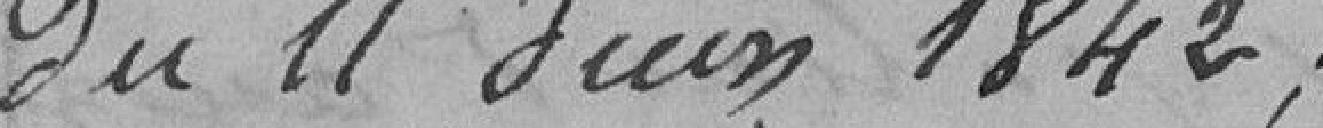
du 11 juin  1842.